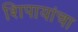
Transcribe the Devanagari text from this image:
शिपायांचा